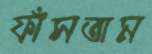
ফাঁসতাম